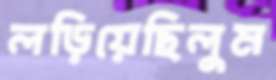
লড়িয়েছিলুম